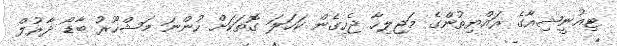
ޓިއުނީޝިއާގެ ރައްޔިތުންގެ މަޖިލިހާ ޖެހިގެން ކަހަލަ ގޮތަކަށް ހުންނަ މަޝްހޫރު ބާޑޯ ދާރުލް